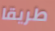
طريقا